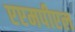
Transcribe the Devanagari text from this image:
एएमपीएल